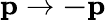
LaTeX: \mathbf{p}\rightarrow\mathbf{-p}